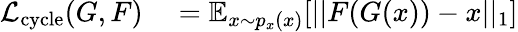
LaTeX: \begin{array}{rl}{\mathcal{L}_{\mathrm{cycle}}(G,F)}&{{}=\mathbb{E}_{x\sim p_{x}(x)}[||F(G(x))-x||_{1}]}\end{array}